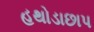
હથોડાછાપ